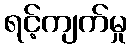
ရင့်ကျက်မှု